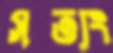
সত্যং